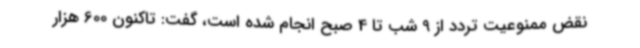
نقض ممنوعیت تردد از 9 شب تا 4 صبح انجام شده است، گفت: تاکنون 600 هزار